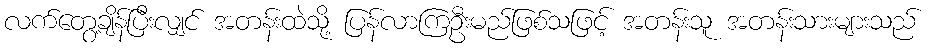
လက်တွေ့ချိန်ပြီးလျှင် အတန်းထဲသို့ ပြန်လာကြဦးမည်ဖြစ်သဖြင့် အတန်းသူ အတန်းသားများသည်